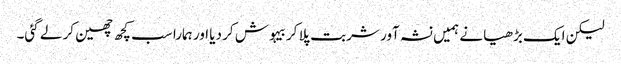
لیکن ایک بڑھیا نے ہمیں نشہ آور شربت پلا کر بیہوش کر دیا اور ہمارا سب کچھ چھین کر لے گئی۔